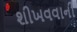
શીખવવાની